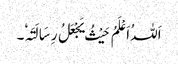
اَللہُ اَعْلَمُ حَیْثُ یَجْعَلُ رِسَالَتَہٗ۔